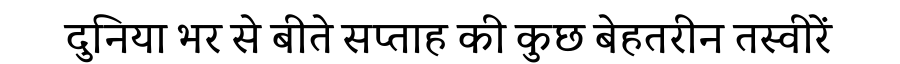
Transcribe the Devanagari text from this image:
दुनिया भर से बीते सप्ताह की कुछ बेहतरीन तस्वीरें